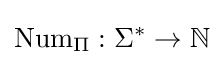
\operatorname {Num} _{\Pi }:\Sigma ^{*}\to \mathbb {N}